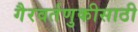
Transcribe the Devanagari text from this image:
गैरवर्तणुकीसाठी